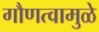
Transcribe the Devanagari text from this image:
गौणत्वामुळे